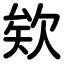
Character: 欸